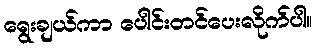
ရွေးချယ်ကာ ပေါင်းတင်ပေးလိုက်ပါ။